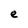
Character: e